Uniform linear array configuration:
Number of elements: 4
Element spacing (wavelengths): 0.25
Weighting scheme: blackman
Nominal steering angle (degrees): -60
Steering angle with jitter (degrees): -58.002
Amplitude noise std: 0.05
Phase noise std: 0.05

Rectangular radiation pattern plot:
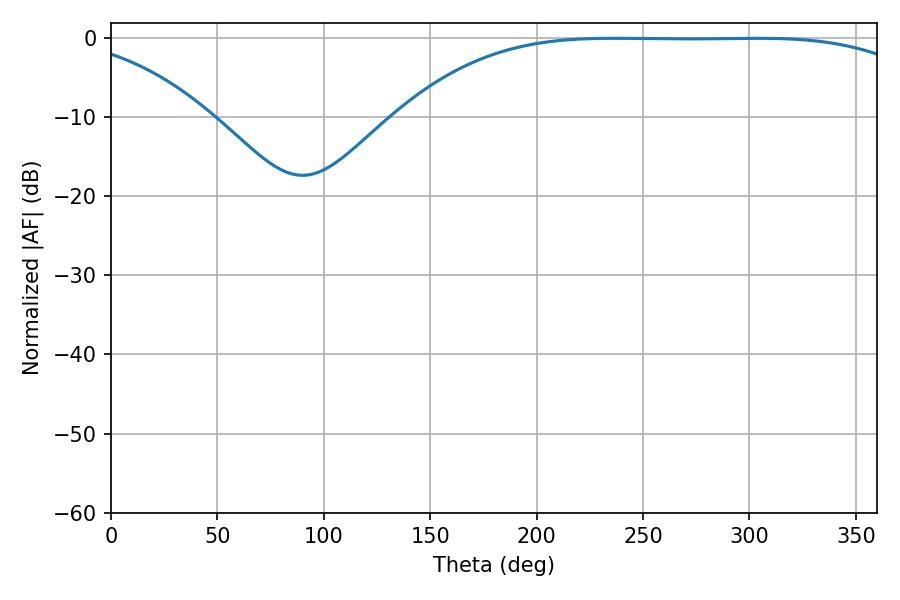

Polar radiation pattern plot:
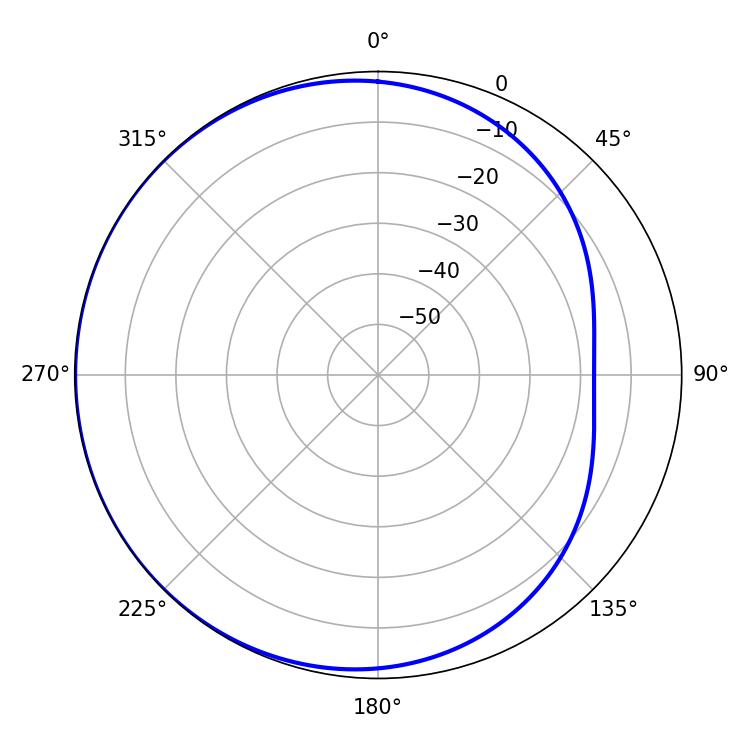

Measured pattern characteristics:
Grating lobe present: FALSE
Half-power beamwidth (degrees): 189.54
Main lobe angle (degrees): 236.34